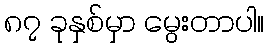
၈၇ ခုနှစ်မှာ မွေးတာပါ။